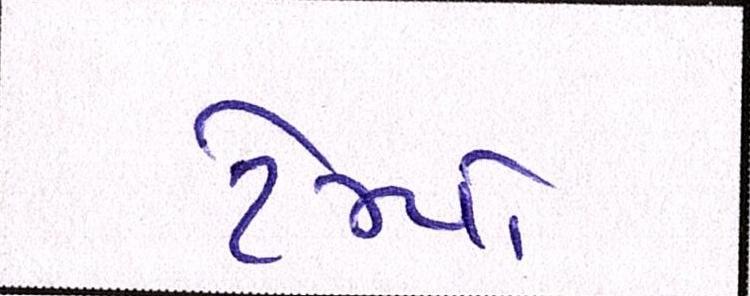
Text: ટેમ્પો